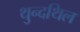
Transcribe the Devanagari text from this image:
थुन्दथिल